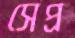
সেপ্র